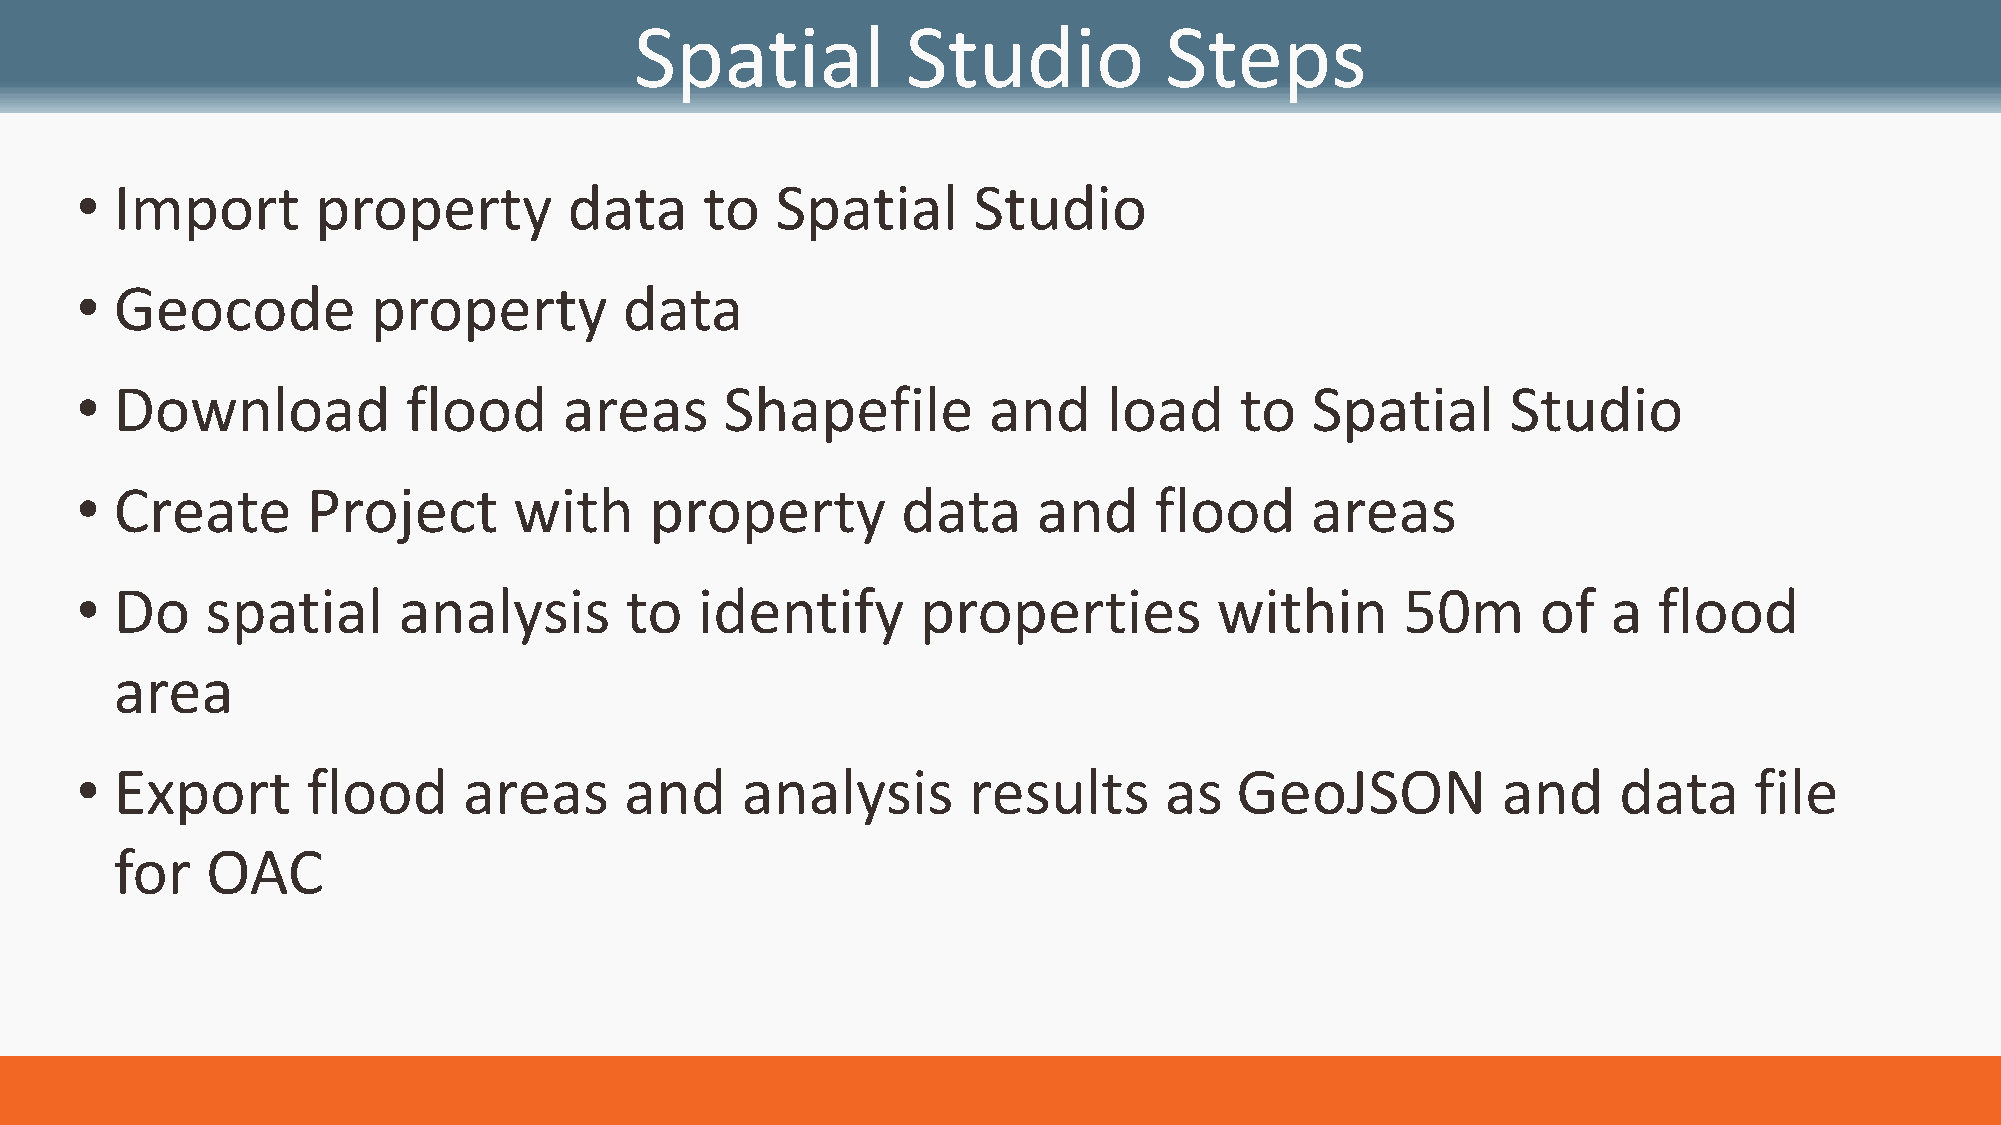
Spatial           Studio           Steps
 •  Import       property         data     to  Spatial      Studio
 •  Geocode          property        data
 •  Download           flood     areas      Shapefile        and     load     to   Spatial      Studio
 •  Create      Project       with     property         data     and    flood      areas
 •  Do    spatial     analysis       to   identify       properties          within      50m      of   a  flood
 area
 •  Export      flood      areas     and     analysis       results      as   GeoJSON          and     data     file
 for   OAC